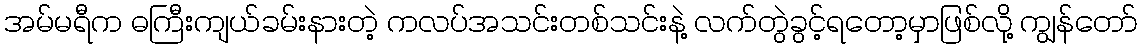
အမ်မရီက ဓကြီးကျယ်ခမ်းနားတဲ့ ကလပ်အသင်းတစ်သင်းနဲ့ လက်တွဲခွင့်ရတော့မှာဖြစ်လို့ ကျွန်တော်